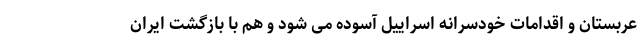
عربستان و اقدامات خودسرانه اسراییل آسوده می شود و هم با بازگشت ایران